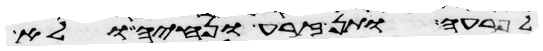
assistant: לפרעה ותן זרע ונחיה ולא